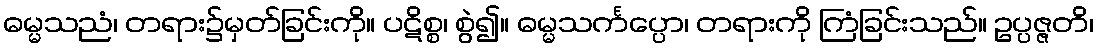
ဓမ္မသညံ၊ တရား၌မှတ်ခြင်းကို။ ပဋိစ္စ၊ စွဲ၍။ ဓမ္မသင်္ကပ္ပော၊ တရားကို ကြံခြင်းသည်။ ဥပ္ပဇ္ဇတိ၊